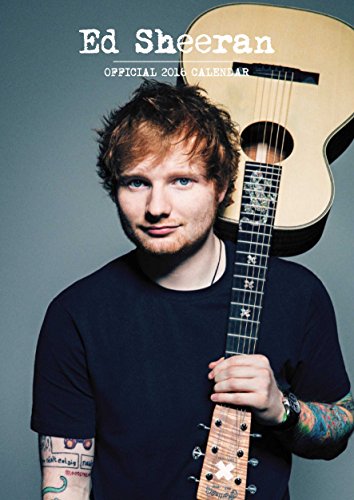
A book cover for The Official Ed Sheeran 2016 A3 Calendar; Calendars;